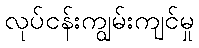
လုပ်ငန်းကျွမ်းကျင်မှု